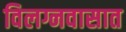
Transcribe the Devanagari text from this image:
विलग्नवासात